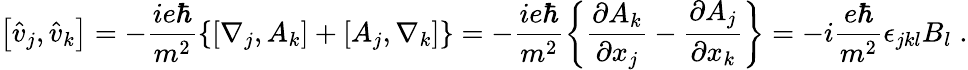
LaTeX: \left[\hat{v}_{j},\hat{v}_{k}\right]=-\frac{ie\hbar}{m^{2}}\left\{ \left[\nabla_{j},A_{k}\right]+\left[A_{j},\nabla_{k}\right]\right\} =-\frac{ie\hbar}{m^{2}}\left\{ \frac{\partial A_{k}}{\partial x_{j}}-\frac{\partial A_{j}}{\partial x_{k}}\right\} =-i\frac{e\hbar}{m^{2}}\epsilon_{jkl}B_{l}\; .